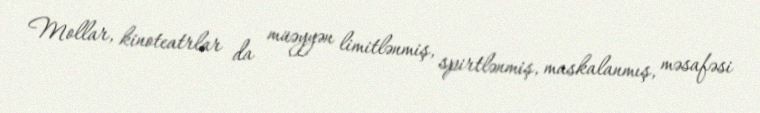
Mollar, kinoteatrlar da müəyyən limitlənmiş, spirtlənmiş, maskalanmış, məsafəsi